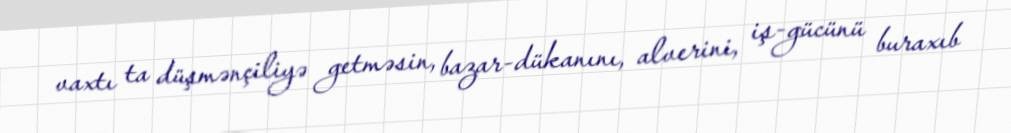
vaxtı ta düşmənçiliyə getməsin, bazar-dükanını, alverini, iş-gücünü buraxıb